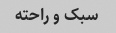
سبک و راحته